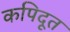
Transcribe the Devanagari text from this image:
कपिदूत